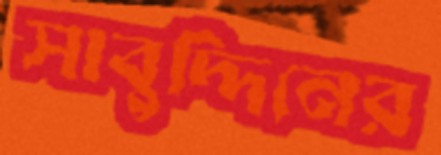
সাবুদ্দিনের